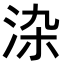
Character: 𭰏